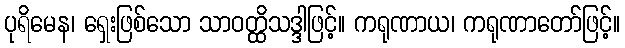
ပုရိမေန၊ ရှေးဖြစ်သော သာဝတ္ထိသဒ္ဒါဖြင့်။ ကရုဏာယ၊ ကရုဏာတော်ဖြင့်။